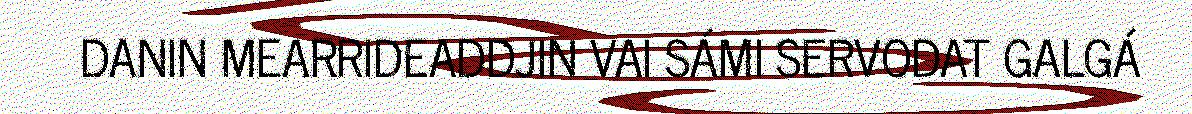
DANIN MEARRIDEADDJIN VAI SÁMI SERVODAT GALGÁ